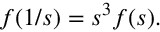
\begin{array} { r } { f ( 1 / s ) = s ^ { 3 } f ( s ) . } \end{array}